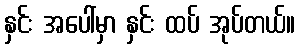
နှင်း အပေါ်မှာ နှင်း ထပ် အုပ်တယ်။